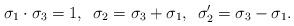
LaTeX: \begin{align*}\sigma _1 \cdot\sigma _3 =1,\enspace\sigma _2 =\sigma _3+\sigma _1,\enspace\sigma _2'=\sigma _3 - \sigma _1.\end{align*}